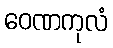
ဝေဏကုလံ